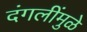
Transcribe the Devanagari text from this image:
दंगलींमुळे